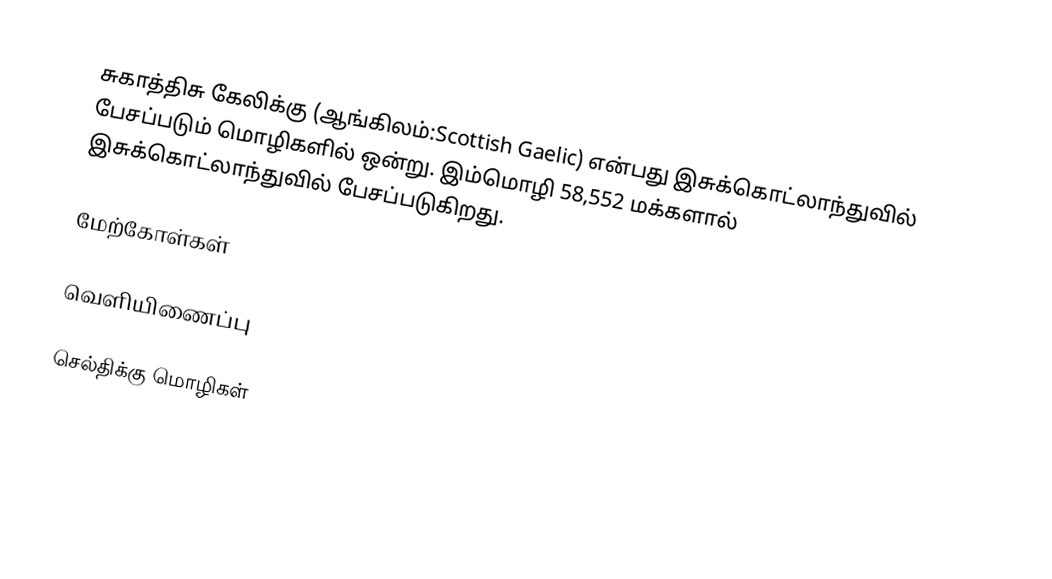
சுகாத்திசு கேலிக்கு (ஆங்கிலம்:Scottish Gaelic) என்பது இசுக்கொட்லாந்துவில் பேசப்படும் மொழிகளில் ஒன்று. இம்மொழி 58,552 மக்களால் இசுக்கொட்லாந்துவில் பேசப்படுகிறது.

மேற்கோள்கள்

வெளியிணைப்பு

செல்திக்கு மொழிகள்